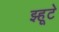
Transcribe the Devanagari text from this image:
झ्हूटे